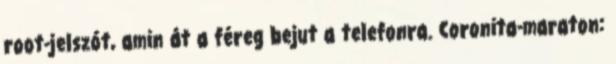
root-jelszót, amin át a féreg bejut a telefonra. Coronita-maraton: